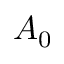
A _ { 0 }